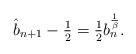
LaTeX: \begin{align*}\hat{b}_{n+1} - \tfrac12 = \tfrac{1}{2} b_{n}^{ \frac{1}{\beta}}.\end{align*}